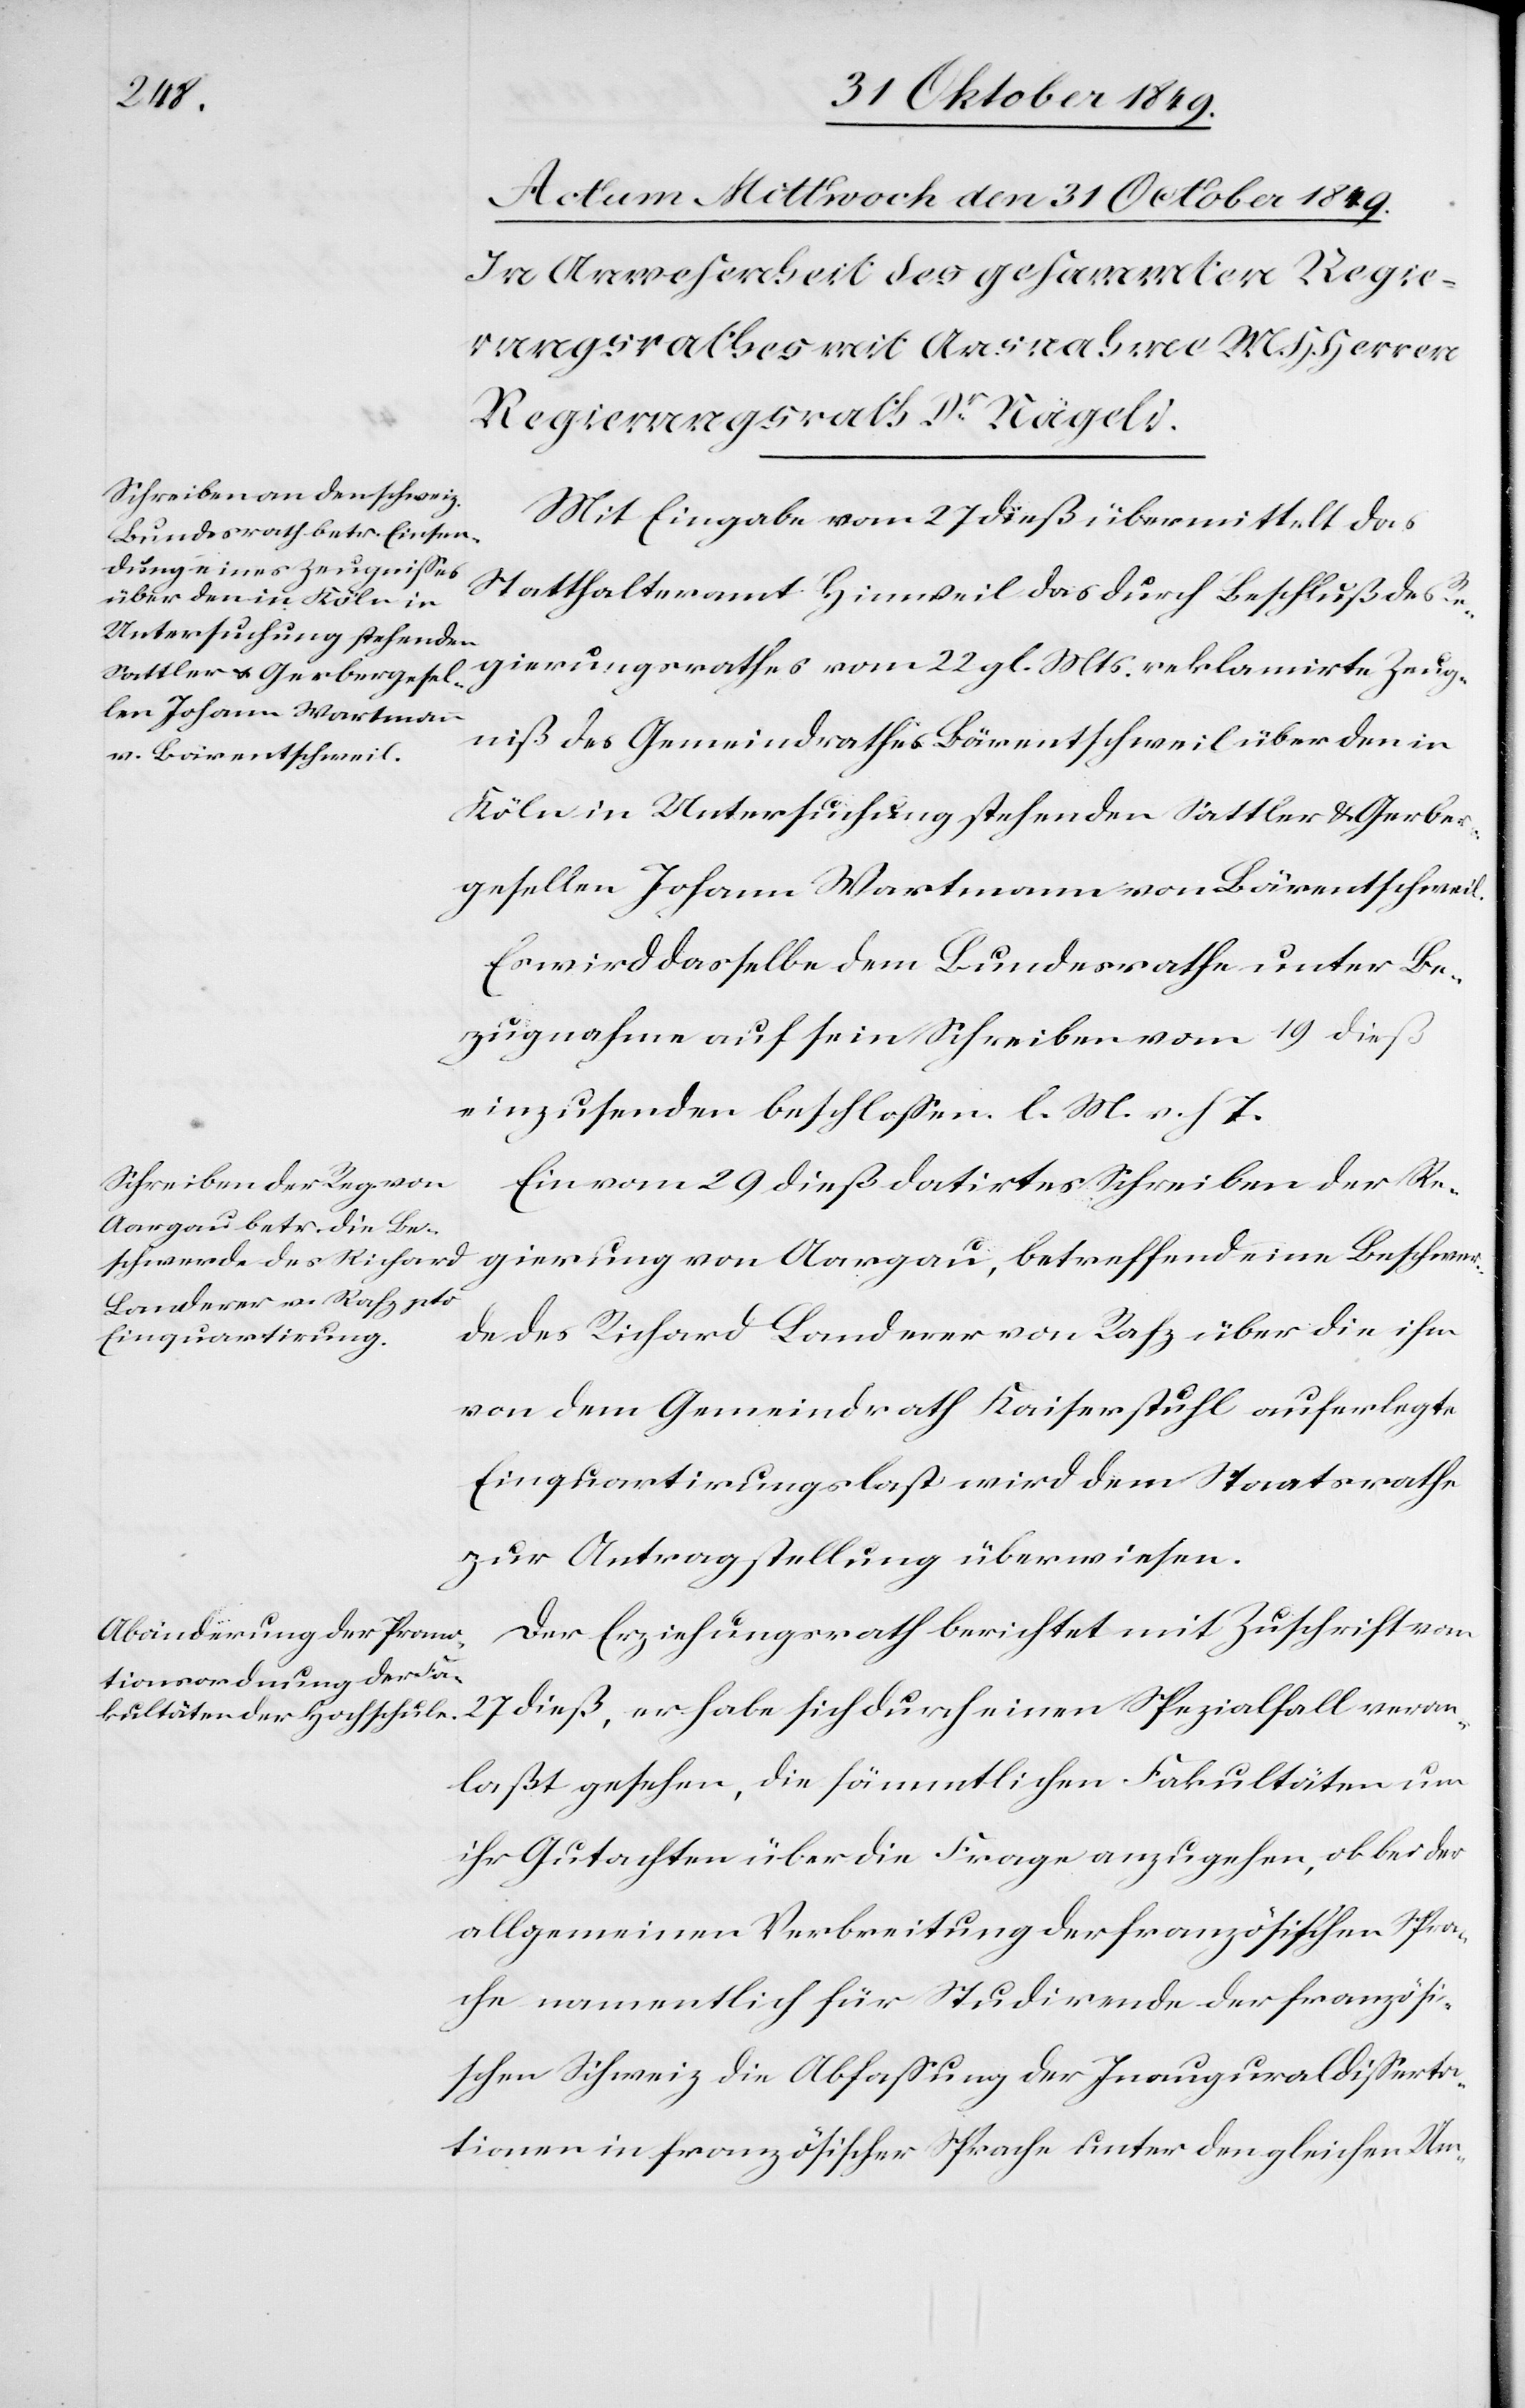
gierung von Aargau, betreffend eine Beschwer¬
Mit Eingabe vom 27 dieß, übermittelt das
Statthalteramt Hinweil das durch Beschluß des Re¬
gierungsrathes vom 22 gl. Mts. reklamirte Zeug¬
niß des Gemeindrathes Bärentschweil über den in
Köln in Untersuchung stehenden Sattler u. Gerber¬
gesellen Johann Wartmann von Bärentschweil.
Es wird dasselbe dem Bundesrathe unter Be¬
zugnahme auf sein Schreiben vom 19 dieß
einzusenden beschloßen. l. M. v. h.
Ein vom 29 dieß datirtes Schreiben der Re¬
de des Richard Landerer von Rafz über die ihm
von dem Gemeindrath Kaiserstuhl auferlegte
Einquartirungslast wird dem Staatsrathe
zur Antragstellung überwiesen.
Der Erziehungsrath berichtet mit Zuschrift vom
27 dieß, er habe sich durch einen Spezialfall veran¬
laßt gesehen, die sämmtlichen Fakultäten um
ihr Gutachten über die Frage anzugehen, ob bei der
allgemeinen Verbreitung der französischen Spra¬
che namentlich für Studirende der französi¬
schen Schweiz die Abfaßung der Inauguraldißerta¬
tionen in französischer Sprache unter den gleichen Um-